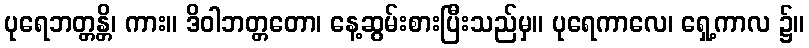
ပုရေဘတ္တန္တိ၊ ကား။ ဒိဝါဘတ္တတော၊ နေ့ဆွမ်းစားပြီးသည်မှ။ ပုရေကာလေ၊ ရှေ့ကာလ ၌။